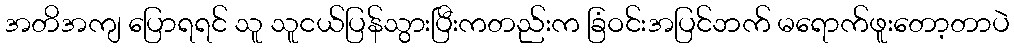
အတိအကျ ပြောရရင် သူ သူငယ်ပြန်သွားပြီးကတည်းက ခြံဝင်းအပြင်ဘက် မရောက်ဖူးတော့တာပဲ